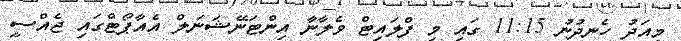
މިއަދު ހެނދުނު 11:15 ގައި މި ފްލައިޓް ވެލާނާ އިންޓަނޭޝަނަލް އެއާޕޯޓްގައި ޖެއްސީ